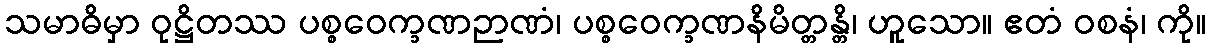
သမာဓိမှာ ဝုဋ္ဌိတဿ ပစ္စဝေက္ခဏဉာဏံ၊ ပစ္စဝေက္ခဏနိမိတ္တန္တိ၊ ဟူသော။ ဧတံ ဝစနံ၊ ကို။